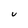
Character: U